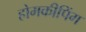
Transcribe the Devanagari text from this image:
होमकीपिंग